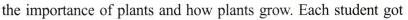
the importance of plants and how plants grow. Each student got